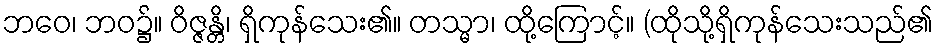
ဘဝေ၊ ဘဝ၌။ ဝိဇ္ဇန္တိ၊ ရှိကုန်သေး၏။ တသ္မာ၊ ထို့ကြောင့်။ (ထိုသို့ရှိကုန်သေးသည်၏